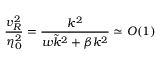
{ \frac { v _ { R } ^ { 2 } } { \eta _ { 0 } ^ { 2 } } } = { \frac { k ^ { 2 } } { w \tilde { k } ^ { 2 } + \beta k ^ { 2 } } } \simeq O ( 1 )